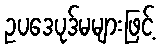
ဥပဒေပုဒ်မများဖြင့်